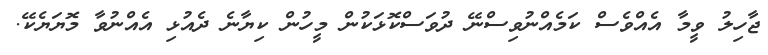
ޖާހިލު ވީމާ އެއްވެސް ކަމެއްނުވިސްނޭ ދުވަސްކޮޅަކުން މީހުން ކިޔާނެ ދެއުޅި އެއްނުވާ މޮޔަޔެކޭ.